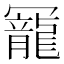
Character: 𠖥